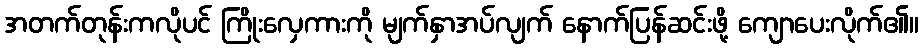
အတက်တုန်းကလိုပင် ကြိုးလှေကားကို မျက်နှာအပ်လျက် နောက်ပြန်ဆင်းဖို့ ကျောပေးလိုက်၏။